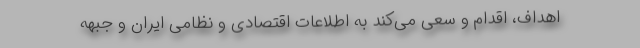
اهداف، اقدام و سعی می‌کند به اطلاعات اقتصادی و نظامی ایران و جبهه